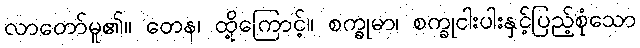
လာတော်မူ၏။ တေန၊ ထို့ကြောင့်။ စက္ခုမာ၊ စက္ခုငါးပါးနှင့်ပြည့်စုံသော